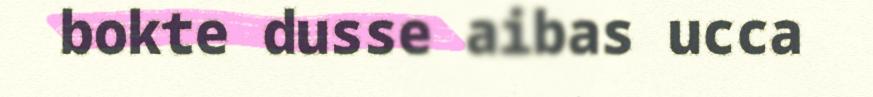
bokte dusse aibas ucca